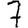
Digit: 7